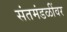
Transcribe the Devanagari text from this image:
संतमंडळींवर